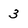
Character: 3